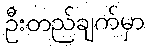
ဦးတည်ချက်မှာ